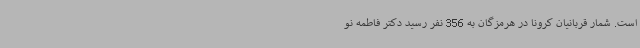
است. شمار قربانیان کرونا در هرمزگان به 356 نفر رسید دکتر فاطمه نو